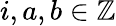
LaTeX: i,a,b\in\mathbb{Z}